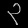
Digit: ၃